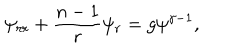
\psi _ { r r } + { \frac { n - 1 } { r } } \psi _ { r } = g \psi ^ { \gamma - 1 } ,